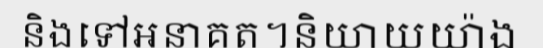
និងទៅអនាគត។និយាយយ៉ាង